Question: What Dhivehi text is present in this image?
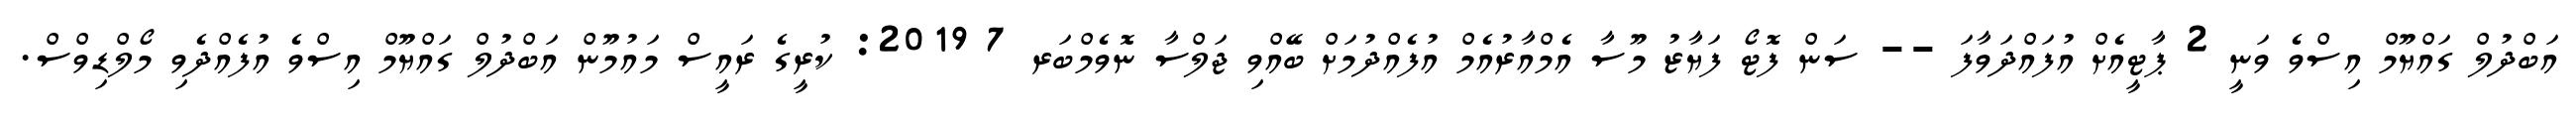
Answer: އަބްދުލް ގައްޔޫމް އިސްވެ ވަނީ 2 ޕާޓީއެށް އުފައްދަވާފަ -- ސަން ފޮޓޯ ފަޔާޒު މޫސާ އެމްއާރުއެމް އުފެއްދުމަށް ބޭއްވި ޖަލްސާ ނޮވެމްބަރ 7 2019: ކުރީގެ ރައީސް މައުމޫން އަބްދުލް ގައްޔޫމް އިސްވެ އުފެއްދެވި މޯލްޑިވްސް.